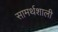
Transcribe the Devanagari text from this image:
सामर्थशाली